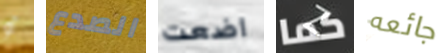
أو الصدع اضعت كما جائعه